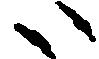
ハ